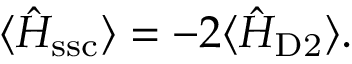
\langle \hat { H } _ { \mathrm { s s c } } \rangle = - 2 \langle \hat { H } _ { \mathrm { D 2 } } \rangle .